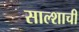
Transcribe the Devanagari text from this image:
साल्शाची